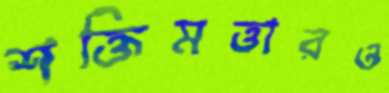
শক্তিমত্তারও